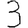
Digit: 3